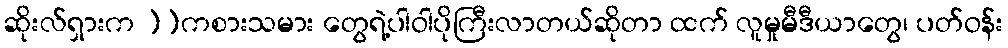
ဆိုးလ်ရှားက ]]ကစားသမား တွေရဲ့ပါဝါပိုကြီးလာတယ်ဆိုတာ ထက် လူမှုမီဒီယာတွေ၊ ပတ်ဝန်း